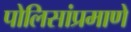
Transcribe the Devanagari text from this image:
पोलिसांप्रमाणे